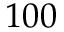
1 0 0